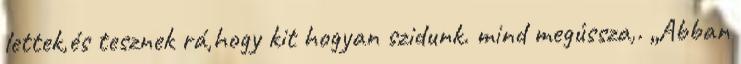
lettek,és tesznek rá,hogy kit hogyan szidunk. mind megússza,. „Abban